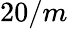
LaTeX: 20/m